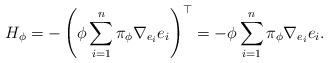
LaTeX: \begin{align*}H_{\phi} = - \left( \phi \sum_{i=1}^{n} \pi_{\phi} \nabla_{e_{i}} e_{i} \right)^{\top}= - \phi \sum_{i=1}^{n} \pi_{\phi} \nabla_{e_{i}} e_{i}.\end{align*}